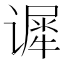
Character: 𰶈